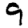
Digit: 9